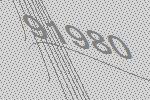
91980